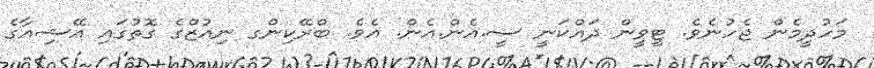
މަހުދީމެން ޖެހުނެވެ. ޓީވީން ދައްކަނީ ސީ.އެން.އެން. އެވެ. ބްރޭކިންގ ނިއުޒްގެ ގޮތުގައި އޭޝިއާގެ